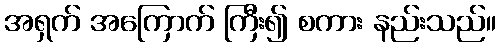
အရှက် အကြောက် ကြီး၍ စကား နည်းသည်။